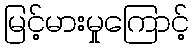
မြင့်မားမှုကြောင့်